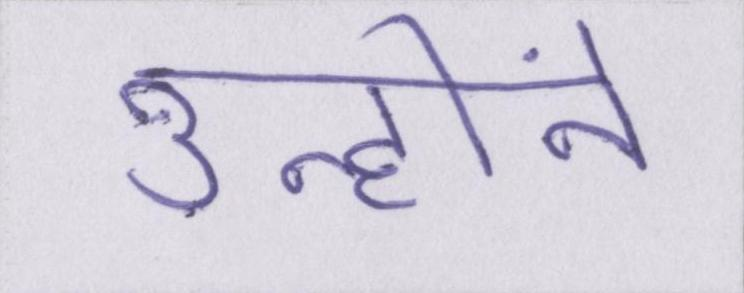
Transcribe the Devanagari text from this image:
उन्होंने